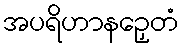
အပရိဟာနဉှေတံ